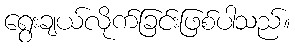
ရွေးချယ်လိုက်ခြင်းဖြစ်ပါသည်။